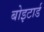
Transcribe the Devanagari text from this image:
बोइटार्ड